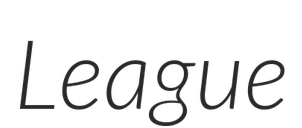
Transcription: League